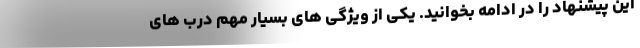
این پیشنهاد را در ادامه بخوانید. یکی از ویژگی های بسیار مهم درب های